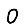
Digit: 0